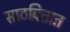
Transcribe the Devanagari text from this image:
साठवितात